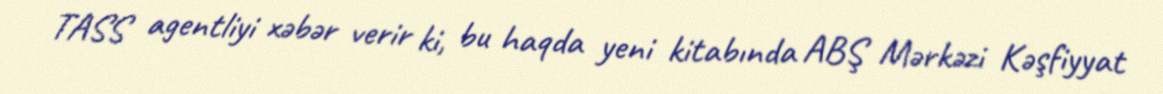
TASS agentliyi xəbər verir ki, bu haqda yeni kitabında ABŞ Mərkəzi Kəşfiyyat